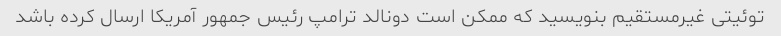
توئیتی غیرمستقیم بنویسید که ممکن است دونالد ترامپ رئیس جمهور آمریکا ارسال کرده باشد